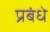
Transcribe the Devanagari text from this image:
प्रबंधे